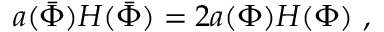
a ( \bar { \Phi } ) H ( \bar { \Phi } ) = 2 a ( \Phi ) H ( \Phi ) \ ,